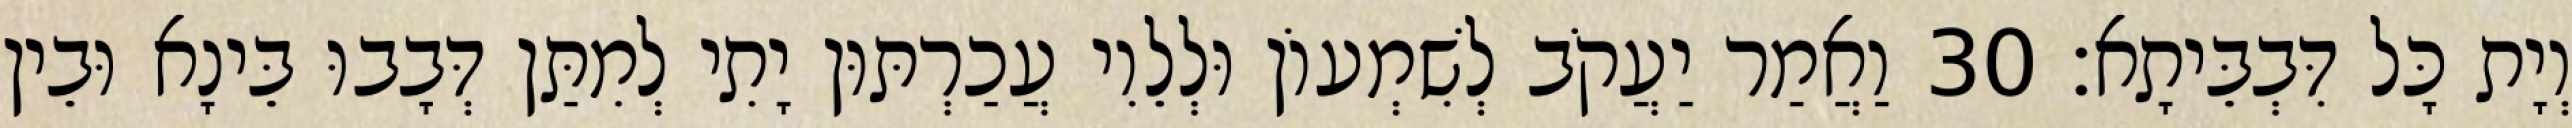
וְיָת כָּל דִּבְבֵּיתָא׃ 30 וַאֲמַר יַעֲקֹב לְשִׁמְעוֹן וּלְלֵוִי עֲכַרְתּוּן יָתִי לְמִתַּן דְּבָבוּ בֵּינָא וּבֵין